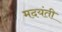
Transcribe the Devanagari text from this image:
मदयंती